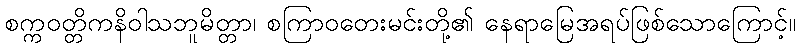
စက္ကဝတ္တိကနိဝါသဘူမိတ္တာ၊ စကြာဝတေးမင်းတို့၏ နေရာမြေအရပ်ဖြစ်သောကြောင့်။